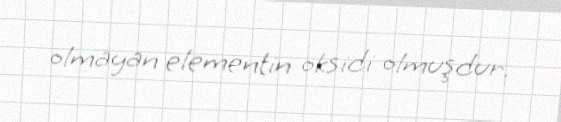
olmayan elementin oksidi olmuşdur.